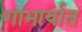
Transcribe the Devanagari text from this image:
गाभार्यात